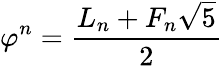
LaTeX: \varphi^{n}={\frac{L_{n}+F_{n}{\sqrt{5}}}{2}}